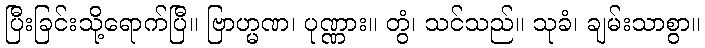
ပြီးခြင်းသို့ရောက်ပြီ။ ဗြာဟ္မဏ၊ ပုဏ္ဏား။ တွံ၊ သင်သည်။ သုခံ၊ ချမ်းသာစွာ။